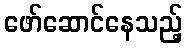
ဖော်ဆောင်နေသည့်